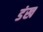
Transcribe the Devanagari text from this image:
डंख